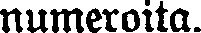
numeroita.